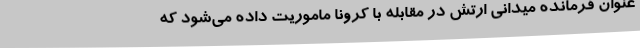
عنوان فرمانده میدانی ارتش در مقابله با کرونا ماموریت داده می‌شود که